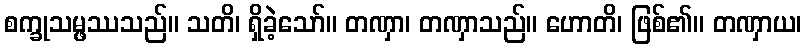
စက္ခုသမ္ဖဿသည်။ သတိ၊ ရှိခဲ့သော်။ တဏှာ၊ တဏှာသည်။ ဟောတိ၊ ဖြစ်၏။ တဏှာယ၊